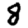
Digit: 8